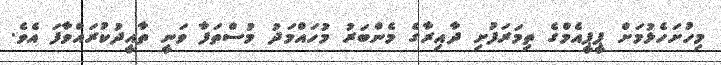
މިހުށަހެޅުމަށް ޕީޕީއެމްގެ ތިމަރަފުށި ދާއިރާގެ މެންބަރު މުހައްމަދު މުސްތަފާ ވަނީ ތާއީދުކުރައްވާފަ އެވެ.